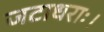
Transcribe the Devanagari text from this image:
जटाधराः।